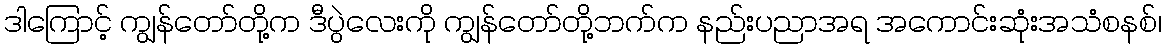
ဒါကြောင့် ကျွန်တော်တို့က ဒီပွဲလေးကို ကျွန်တော်တို့ဘက်က နည်းပညာအရ အကောင်းဆုံးအသံစနစ်၊